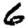
Digit: 6